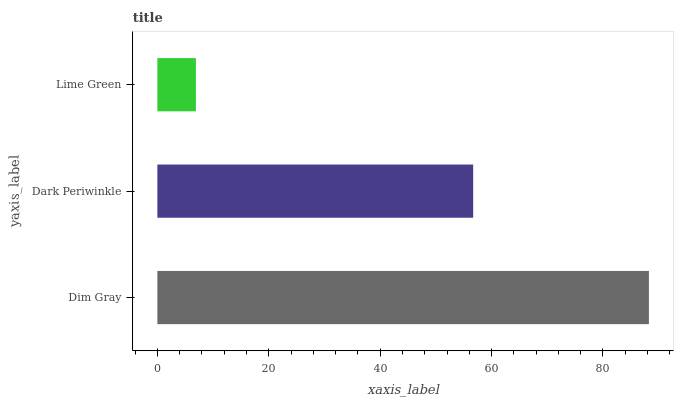
| yaxis_label | bars |
 | --- | --- |
 | Dim Gray | 88.2 |
 | Dark Periwinkle | 56.7 |
 | Lime Green | 6.92 |